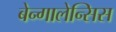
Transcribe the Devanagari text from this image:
बेन्गालेन्सिस